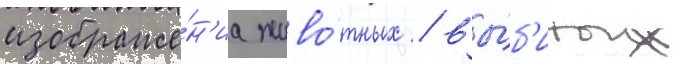
изображе́н'иа живо́тных / вы́б'итых